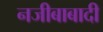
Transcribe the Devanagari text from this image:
नजीबाबादी